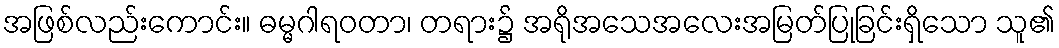
အဖြစ်လည်းကောင်း။ ဓမ္မဂါရဝတာ၊ တရား၌ အရိုအသေအလေးအမြတ်ပြုခြင်းရှိသော သူ၏